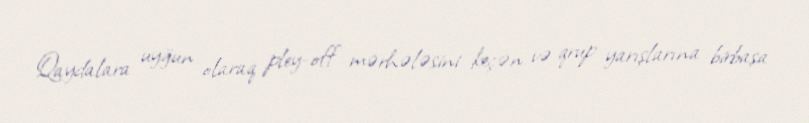
Qaydalara uyğun olaraq pley-off mərhələsini keçən və qrup yarışlarına birbaşa